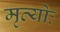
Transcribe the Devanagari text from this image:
मृत्योः